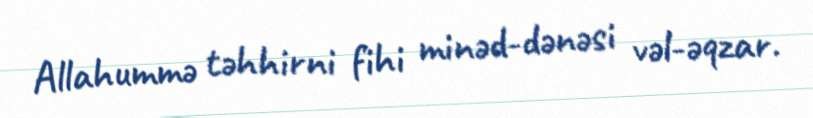
Allahummə təhhirni fihi minəd-dənəsi vəl-əqzar.